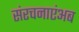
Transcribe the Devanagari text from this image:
संरचनाएंअब